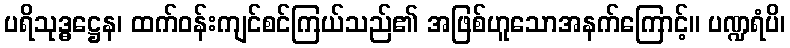
ပရိသုဒ္ဓဋ္ဌေန၊ ထက်ဝန်းကျင်စင်ကြယ်သည်၏ အဖြစ်ဟူသောအနက်ကြောင့်။ ပဏ္ဍရံပိ၊